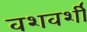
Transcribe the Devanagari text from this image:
वशवर्शी